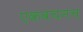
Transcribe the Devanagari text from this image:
एकवचनच